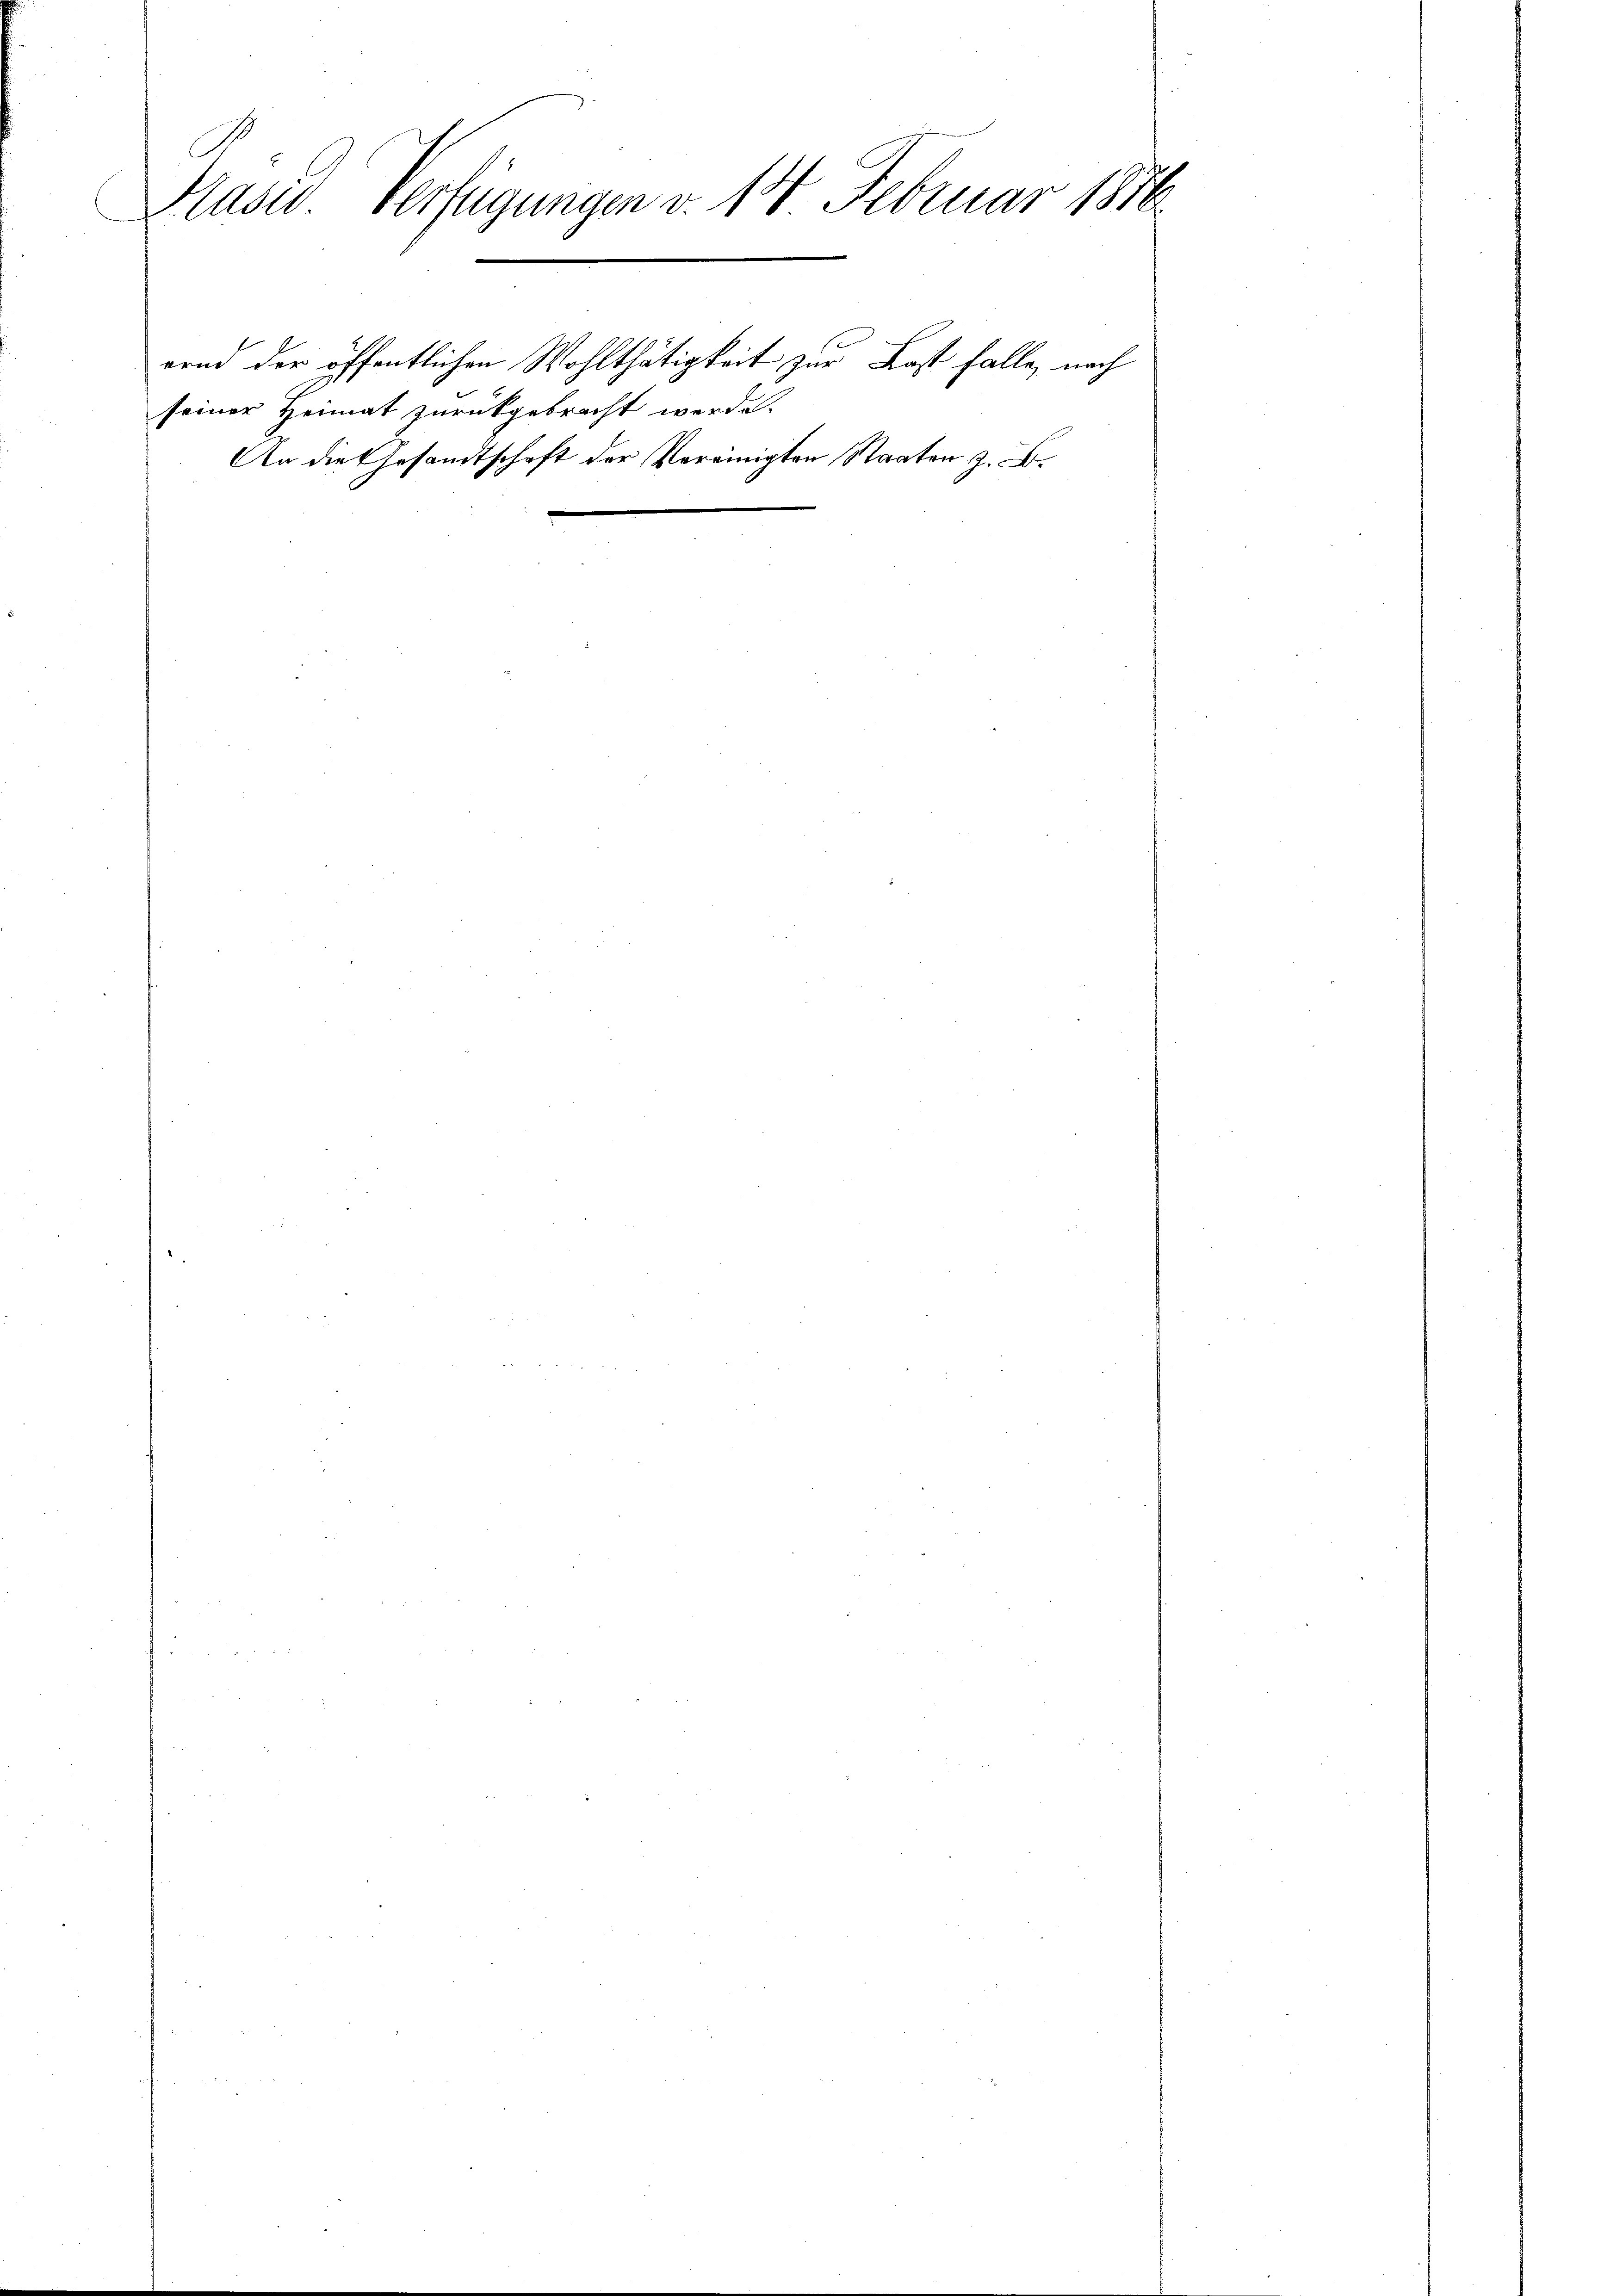
b
Hasu Verfügungen v. 18 Februar 1876
e

ernd der öffentlichen Wohlthätigkeit zur Last falle, nach
seiner Heimat zurückgebracht werde.
An die Gesandtschaft der Vereinigten Staaten z. B.